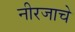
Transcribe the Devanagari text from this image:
नीरजाचे